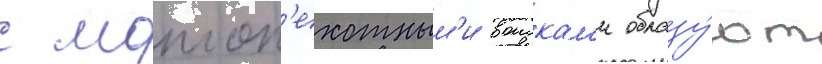
с мотоп'ехотным'и воискам'и образу́ют